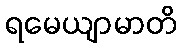
ရမေယျာမာတိ